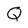
Character: Q